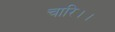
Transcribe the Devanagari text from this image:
चारि।।